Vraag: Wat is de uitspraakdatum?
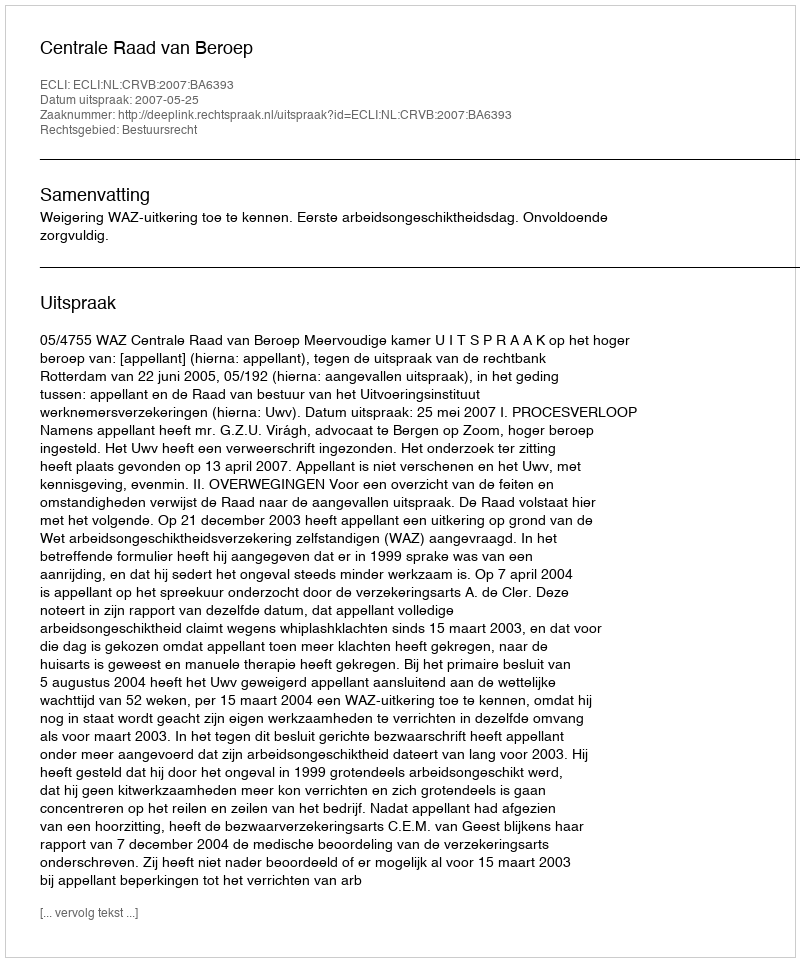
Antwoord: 2007-05-25